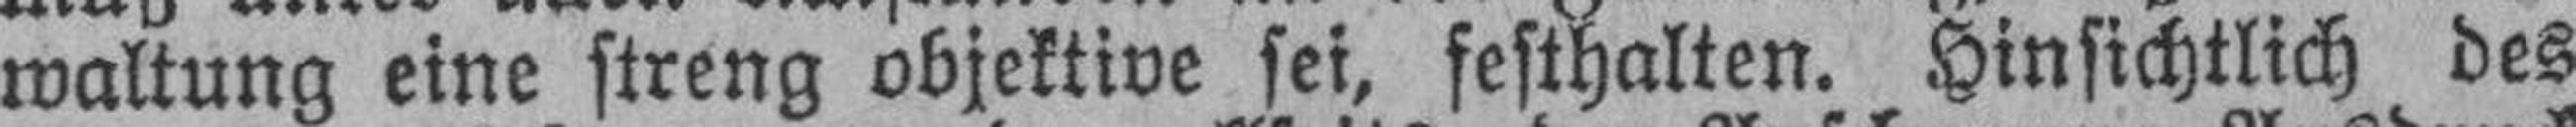
waltung eine streng objektive sei, festhalten. Hinsichtlich des